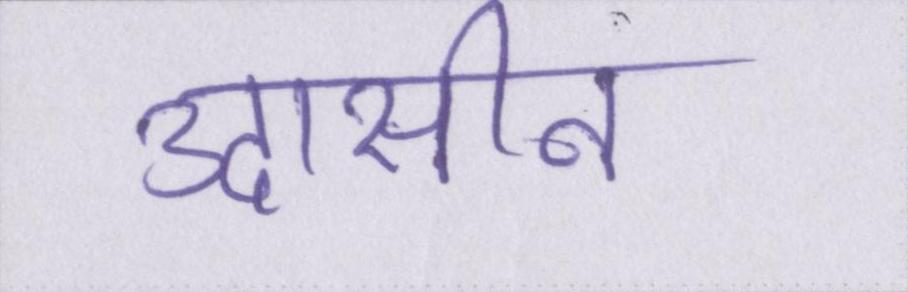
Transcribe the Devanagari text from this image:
उदासीन